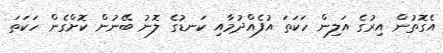
އެގޮތުން އިރުގެ އަލިން ހަކަތަ އުފެއްދުމާއި ކަނޑުގެ ލޮނު ބޭނުން ކޮށްގެން ހަކަތަ